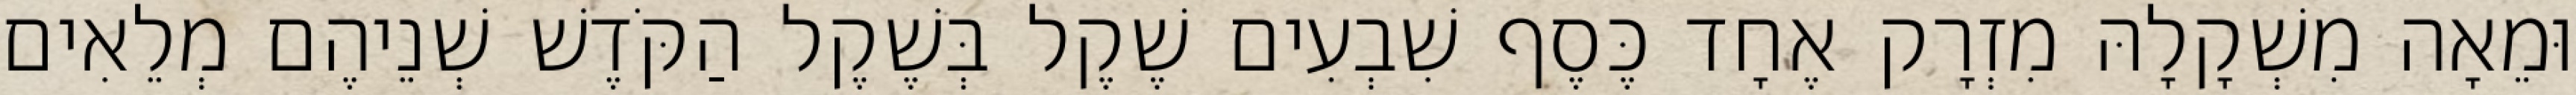
וּמֵאָה מִשְׁקָלָהּ מִזְרָק אֶחָד כֶּסֶף שִׁבְעִים שֶׁקֶל בְּשֶׁקֶל הַקֹּדֶשׁ שְׁנֵיהֶם מְלֵאִים